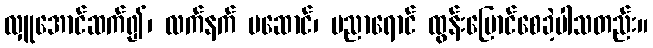
လှူအောင်ဆက်၍၊ လက်နက် မဆောင်၊ ပညာရောင် ထွန်းပြောင်စေခဲ့ပါသတည်း။